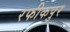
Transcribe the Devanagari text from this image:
रफीकपुर